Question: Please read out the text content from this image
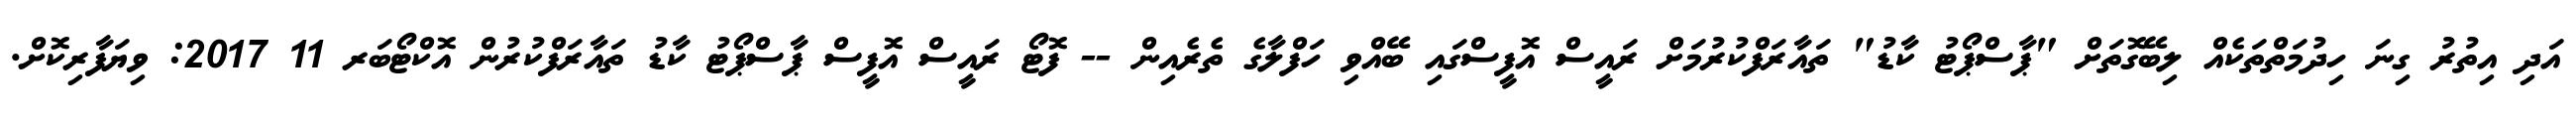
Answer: އަދި އިތުރު ގިނަ ހިދުމަތްތަކެއް ލިބޭގޮތަށް "ޕާސްޕޯޓު ކާޑު" ތައާރަފްކުރުމަށް ރައީސް އޮފީސްގައި ބޭއްވި ހަފްލާގެ ތެރެއިން -- ފޮޓޯ ރައީސް އޮފީސް ޕާސްޕޯޓު ކާޑު ތައާރަފްކުރުން އޮކްޓޯބަރ 11 2017: ވިޔަފާރިކޮށް.